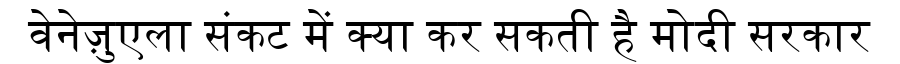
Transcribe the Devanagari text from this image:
वेनेज़ुएला संकट में क्या कर सकती है मोदी सरकार